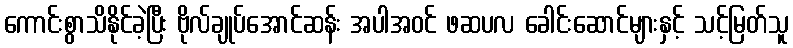
ကောင်းစွာသိနိုင်ခဲ့ပြီး ဗိုလ်ချုပ်အောင်ဆန်း အပါအဝင် ဖဆပလ ခေါင်းဆောင်များနှင့် သင့်မြတ်သူ